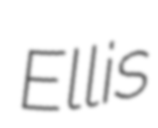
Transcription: Ellis